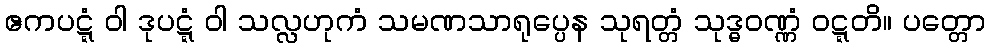
ဧကပဋ္ဋံ ဝါ ဒုပဋ္ဋံ ဝါ သလ္လဟုကံ သမဏသာရုပ္ပေန သုရတ္တံ သုဒ္ဓဝဏ္ဏံ ဝဋ္ဋတိ။ ပတ္တော